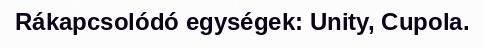
Rákapcsolódó egységek: Unity, Cupola.